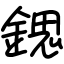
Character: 鍶